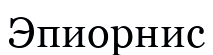
Эпиорнис